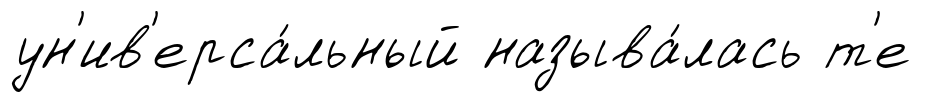
ун'ив'ерса́льный называ́лась т'е